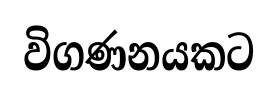
විගණනයකට